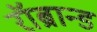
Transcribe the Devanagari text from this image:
रॉब्रान्ड